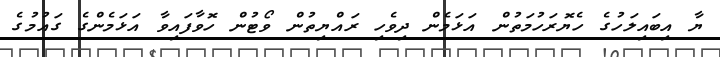
ޔާ އިބައިލަހުގެ ހެޔޮރަހުމަތުން އަޅަމެން ދިވެހި ރައްޔިތުން ވޯޓުން ހޮވާފައިވާ އަޅަމެންގެ ގައުމުގެ